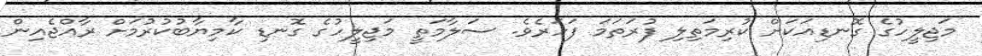
މަޖިލީހުގެ ގޮނޑިއަކަށް ކުރިމަތިލި ފުރަތަމަ ފަހަރެވެ. ސަލާމަތީ މަޖިލީހުގެ ގޮނޑި ކާމިޔާބުކުރުމަށް ރާއްޖެއިން